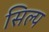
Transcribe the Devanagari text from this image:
सिल्प